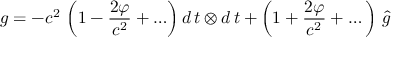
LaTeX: g = - c ^ { 2 } \, \left( 1 - \frac { 2 \varphi } { c ^ { 2 } } + \ldots \right) d \, t \otimes d \, t + \left( 1 + \frac { 2 \varphi } { c ^ { 2 } } + \dots \right) \, \hat { g }